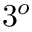
3 ^ { o }